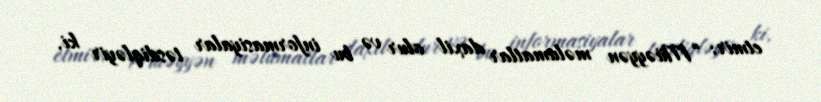
etmir: “Müəyyən məlumatlar daxil olur və bu informasiyalar təsdiqləyir ki,